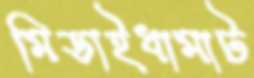
মিডাইধামাট